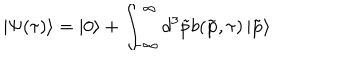
LaTeX: \left| \Psi ( \tau ) \right\rangle = \left| 0 \right\rangle + \int _ { - \infty } ^ { \infty } d ^ { 3 } \tilde { p } b ( \tilde { \mathbf { p } } , \tau ) \left| \tilde { \mathbf { p } } \right\rangle